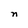
Character: n